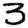
Digit: 3